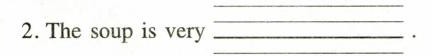
2.The soup is very ___ .